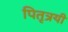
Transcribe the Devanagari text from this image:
पितृत्रयी